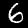
Label: 6